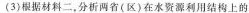
(3)根据材料二，分析两省(区)在水资源利用结构上的